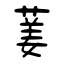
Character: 葁